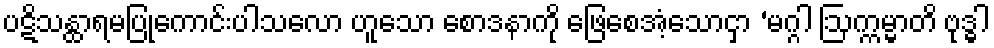
ပဋိသန္ထာရမပြုကောင်းပါသလော ဟူသော စောဒနာကို ဖြေစေအံ့သောငှာ ‘မဂ္ဂါ ဩက္ကမ္မာတိ ဗုဒ္ဓါ